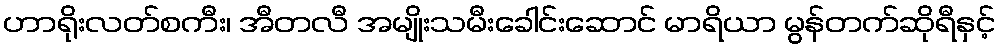
ဟာရိုးလတ်စကီး၊ အီတလီ အမျိုးသမီးခေါင်းဆောင် မာရိယာ မွန်တက်ဆိုရီနှင့်